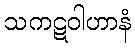
သကဋဝါဟာနံ